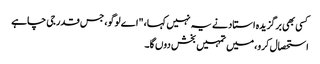
کسی بھی برگزیدہ استاد نے یہ نہیں کہا، "اے لوگو، جس قدر جی چاہے
استحصال کرو، میں تمہیں بخش دوں گا۔